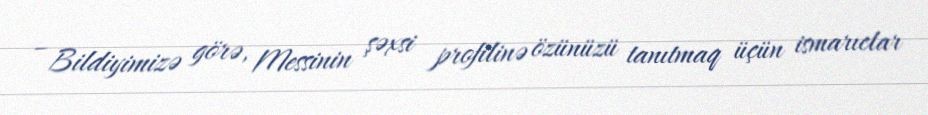
– Bildiyimizə görə, Messinin şəxsi profilinə özünüzü tanıtmaq üçün ismarıclar